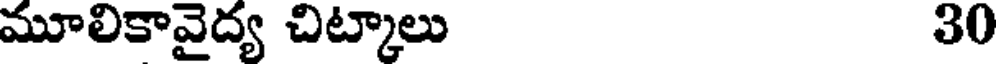
మూలికావైద్య చిట్కాలు 30